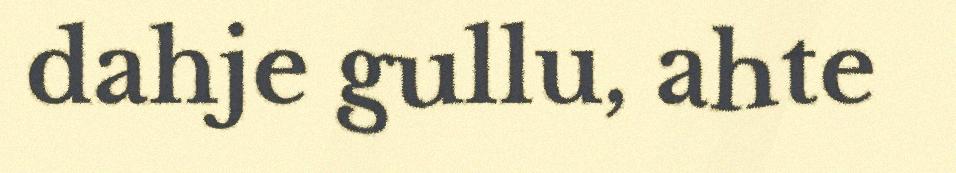
dahje gullu, ahte